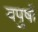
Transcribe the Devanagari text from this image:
वपुषों